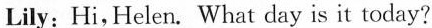
Lily: Hi,Helen. What day is it today?